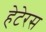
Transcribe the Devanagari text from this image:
हेटेरस